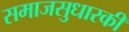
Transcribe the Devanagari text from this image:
समाजसुधारकी